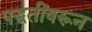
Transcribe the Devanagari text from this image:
पद्धतींवरून